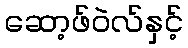
ဆော့ဖ်ဝဲလ်နှင့်